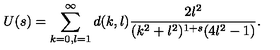
U ( s ) = \sum _ { k = 0 , l = 1 } ^ { \infty } d ( k , l ) \frac { 2 l ^ { 2 } } { ( k ^ { 2 } + l ^ { 2 } ) ^ { 1 + s } ( 4 l ^ { 2 } - 1 ) } .